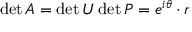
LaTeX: \operatorname* { d e t } A = \operatorname* { d e t } U \operatorname* { d e t } P = e ^ { i \theta } \cdot r